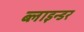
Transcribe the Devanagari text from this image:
ब्लाइन्डर